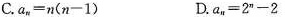
C.$$a _ { n } = n ( n - 1 )$$ D.$$a _ { n } = 2 ^ { n } - 2$$